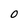
Character: O